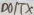
Text: D0/TX